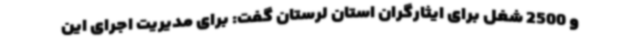
و 2500 شغل برای ایثارگران استان لرستان گفت: برای مدیریت اجرای این